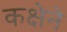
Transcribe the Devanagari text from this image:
कक्षेने